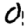
Digit: 0